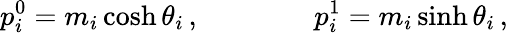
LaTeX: p_{i}^{0}=m_{i}\cosh\theta_{i}\, ,\qquad\qquad p_{i}^{1}=m_{i}\sinh\theta_{i}\, ,